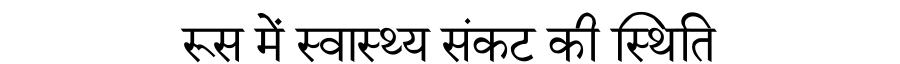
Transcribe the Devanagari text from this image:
रूस में स्वास्थ्य संकट की स्थिति